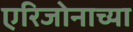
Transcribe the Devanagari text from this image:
एरिजोनाच्या